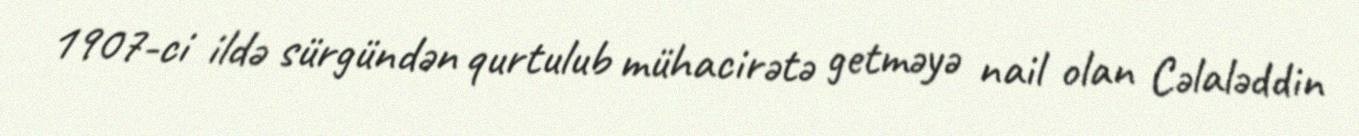
1907-ci ildə sürgündən qurtulub mühacirətə getməyə nail olan Cəlaləddin